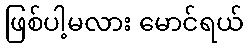
ဖြစ်ပါ့မလား မောင်ရယ်